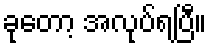
ခုတော့ အလုပ်ရပြီ။